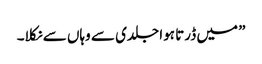
” میں ڈرتا ہوا جلدی سے وہاں سے نکلا۔